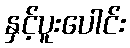
နှင့်ပူးပေါင်း